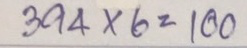
055 - 200